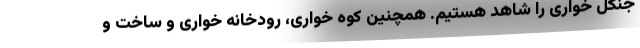
جنگل خواری را شاهد هستیم. همچنین کوه خواری، رودخانه خواری و ساخت و